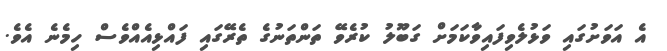
އެ އަވަށުގައި ވަޅުލެވިފައިވާކަމަށް ގަބޫލު ކުރެވޭ ތަންތަނުގެ ތެރޭގައި ފައްޅިއެއްވެސް ހިމެނެ އެވެ.